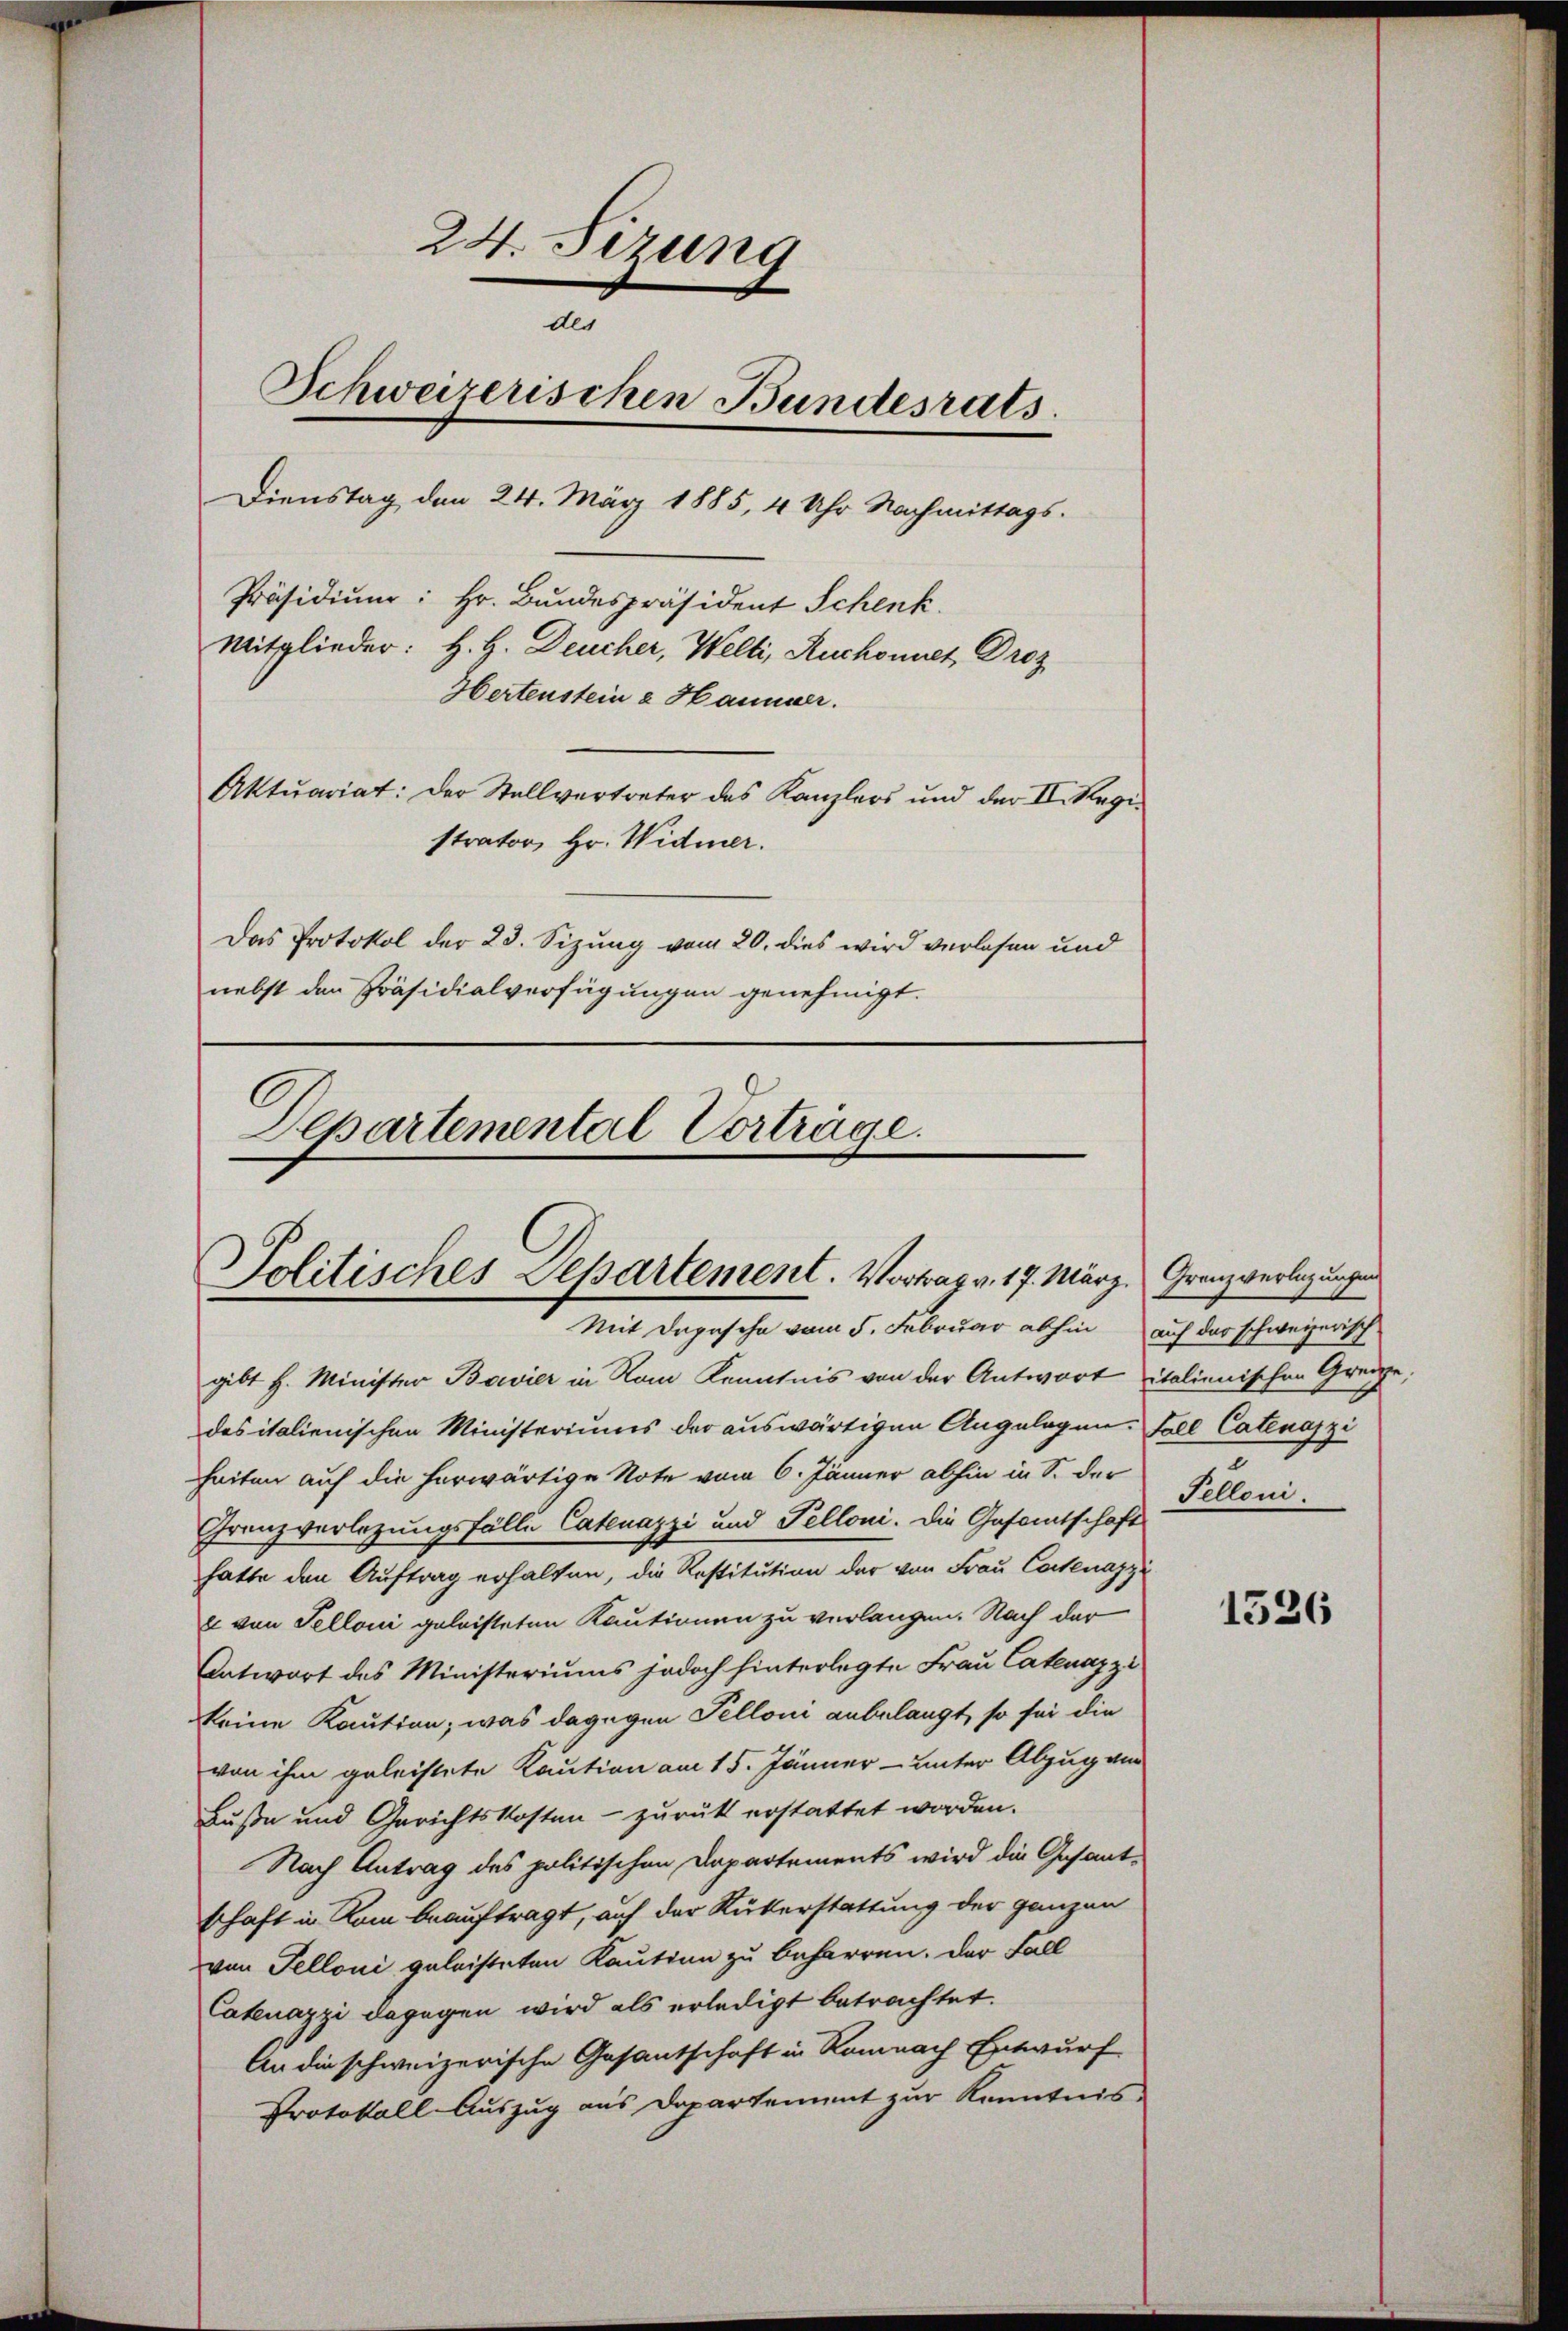
24. Sizung
des
Schweizerischen Bundesrats
Dienstag den 24. März 1885, 4 Uhr Nachmittags.
Präsidium: Hr. Bundespräsident Schenk
Mitglieder: H. H. Deucher, Welti, Ruchonet, Droz
Hertenstein & Hammer.
Aktuariat: Der Stellvertreter des Kanzlers und der II. Regi-
strator, Hr. Widmer.
Das Protokol der 23. Sizung vom 20. dies wird verlesen und
nebst den Präsidialverfügungen genehmigt.

Departemental Vortrage.
)
Politisches Departement. Vortrag v. 17. März.
Mit Depesche vom 5. Februar abhin auf das schweizerisch

gibt H. Minister Bavier in Nam Kenntnis von der Antwort italienischen Grenze,
des italienischen Ministeriums der auswärtigen Angelegen Fall Catenazzi
heiten auf die herwärtige Note vom 6. Jänner abhin in S. der
Grenzverlegungsfälle Catenazzi und Telloni. Die Gesamtschaft
hatte den Auftrag erhalten, die Restitution der von Frau Cortenazzi
x von Telloni geleisteten Kautionen zu verlangen. Nach der
Antwort des Ministeriums jedoch hinterlegte Frau Catenazzi
keine Kaution; was dagegen Pelloni anbelangt, so sei die
von ihm geleistete Kaution am 15. Jänner- unter Abzug am
Buße und Gerichtskosten - zurück erstattet worden.
Nach Antrag des politischen Departements wird die Gesantschaft in Rom beauftragt, auf der Rükerstattung der ganzen
von Felloni geleisteten Kaution zu beharren. Der Fall
Catenazzi dagegen wird als erledigt betrachtet.
An die schweizerische Gesantschaft in Romnach Entwurf
Protokoll-Auszug aus Departement zur Kenntnis-

Granzverlegungen
Felloni.

1526